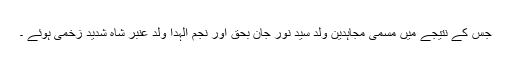
جس کے نتیجے میں مسمی مجاہدین ولد سید نور جان بحق اور نجم الہدا ولد عنبر شاہ شدید زخمی ہوئے ۔